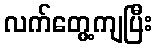
လက်တွေ့ကျပြီး